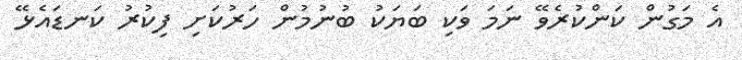
އެ މަގުން ކަންކުރެވޭ ނަމަ ވަކި ބަޔަކު ބުނުމުން ހަރުކަށި ފިކުރު ކަނޑައެޅޭ